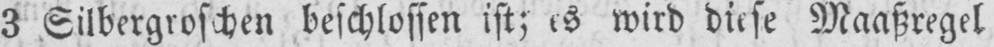
3 Silbergroschen beschlossen ist; es wird diese Maaßregel